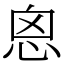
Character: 恖